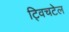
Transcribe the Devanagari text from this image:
ट्विचटेल